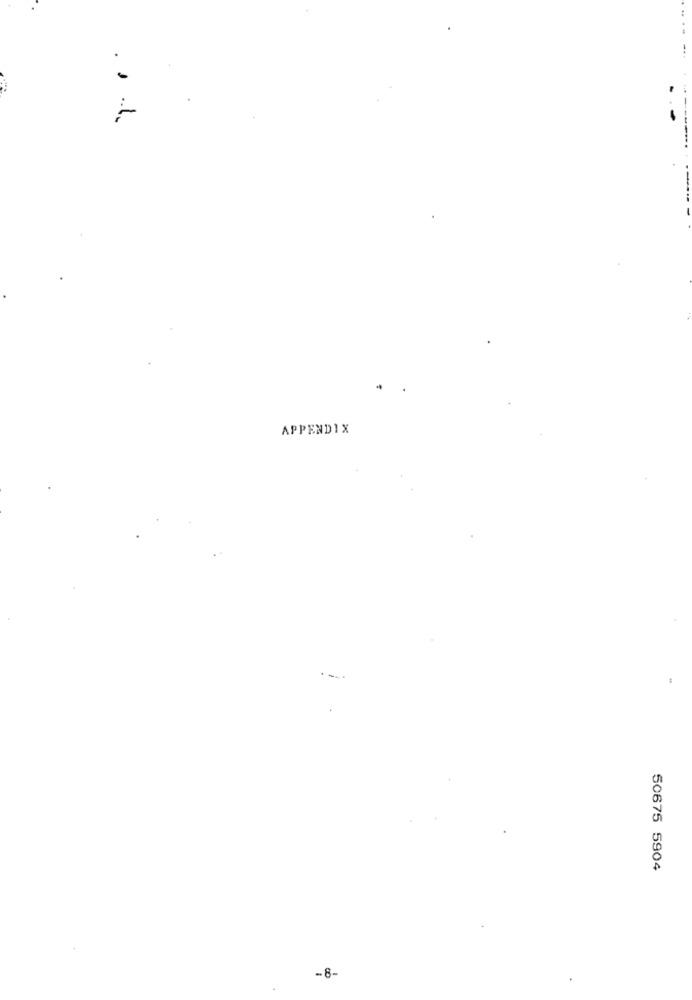
.. ....
APPENDIX
50675 5904
-8-